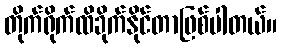
တိုက်ရိုက်ထိခိုက်နိုင်တာဖြစ်ပါတယ်။